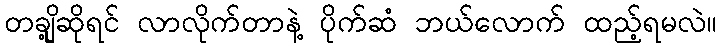
တချို့ဆိုရင် လာလိုက်တာနဲ့ ပိုက်ဆံ ဘယ်လောက် ထည့်ရမလဲ။